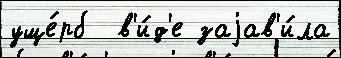
уще́рб  в'и́д'е заjав'и́ла